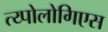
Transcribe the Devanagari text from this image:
त्य्पोलोगिएस